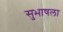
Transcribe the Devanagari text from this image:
सुभाषला